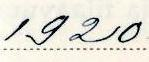
1920